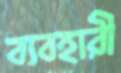
ব্যবহারী